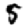
Digit: 5